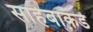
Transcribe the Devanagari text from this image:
साहेबाकडे